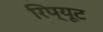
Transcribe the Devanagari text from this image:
रिप्यूट